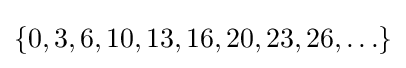
\{0,3,6,10,13,16,20,23,26,\ldots \}